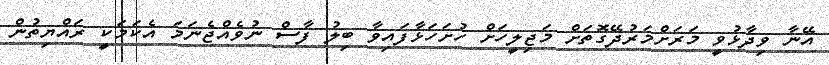
އޭނާ ވިދާޅުވީ މަރަށްމަރުދޭގޮތަށް މަޖިލީހަށް ހުށަހަޅާފައިވާ ބިލު ފާސް ނުވެއްޖެނަމަ އެކަމަކީ ރައްޔިތުން